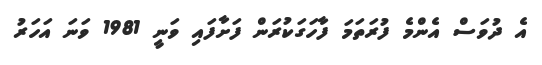
އެ ދުވަސް އެންމެ ފުރަތަމަ ފާހަގަކުރަން ފަށާފައި ވަނީ 1981 ވަނަ އަހަރު